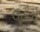
ઉઠવો